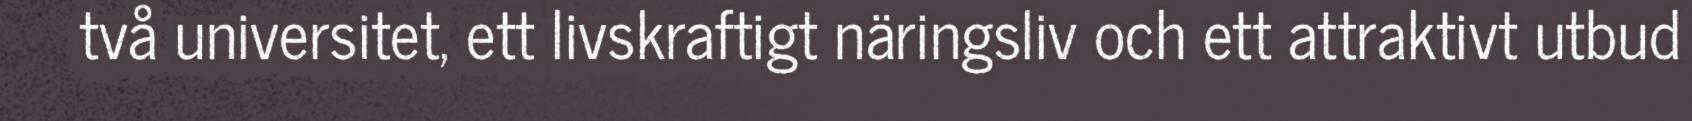
två universitet, ett livskraftigt näringsliv och ett attraktivt utbud